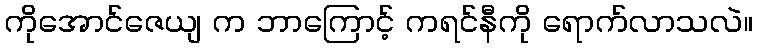
ကိုအောင်ဇေယျ က ဘာကြောင့် ကရင်နီကို ရောက်လာသလဲ။